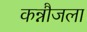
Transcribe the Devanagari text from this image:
कन्नौजला